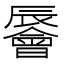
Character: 䢈